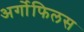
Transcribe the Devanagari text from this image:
अर्गोफिलस